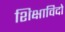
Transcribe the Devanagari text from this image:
शिक्षाविदो